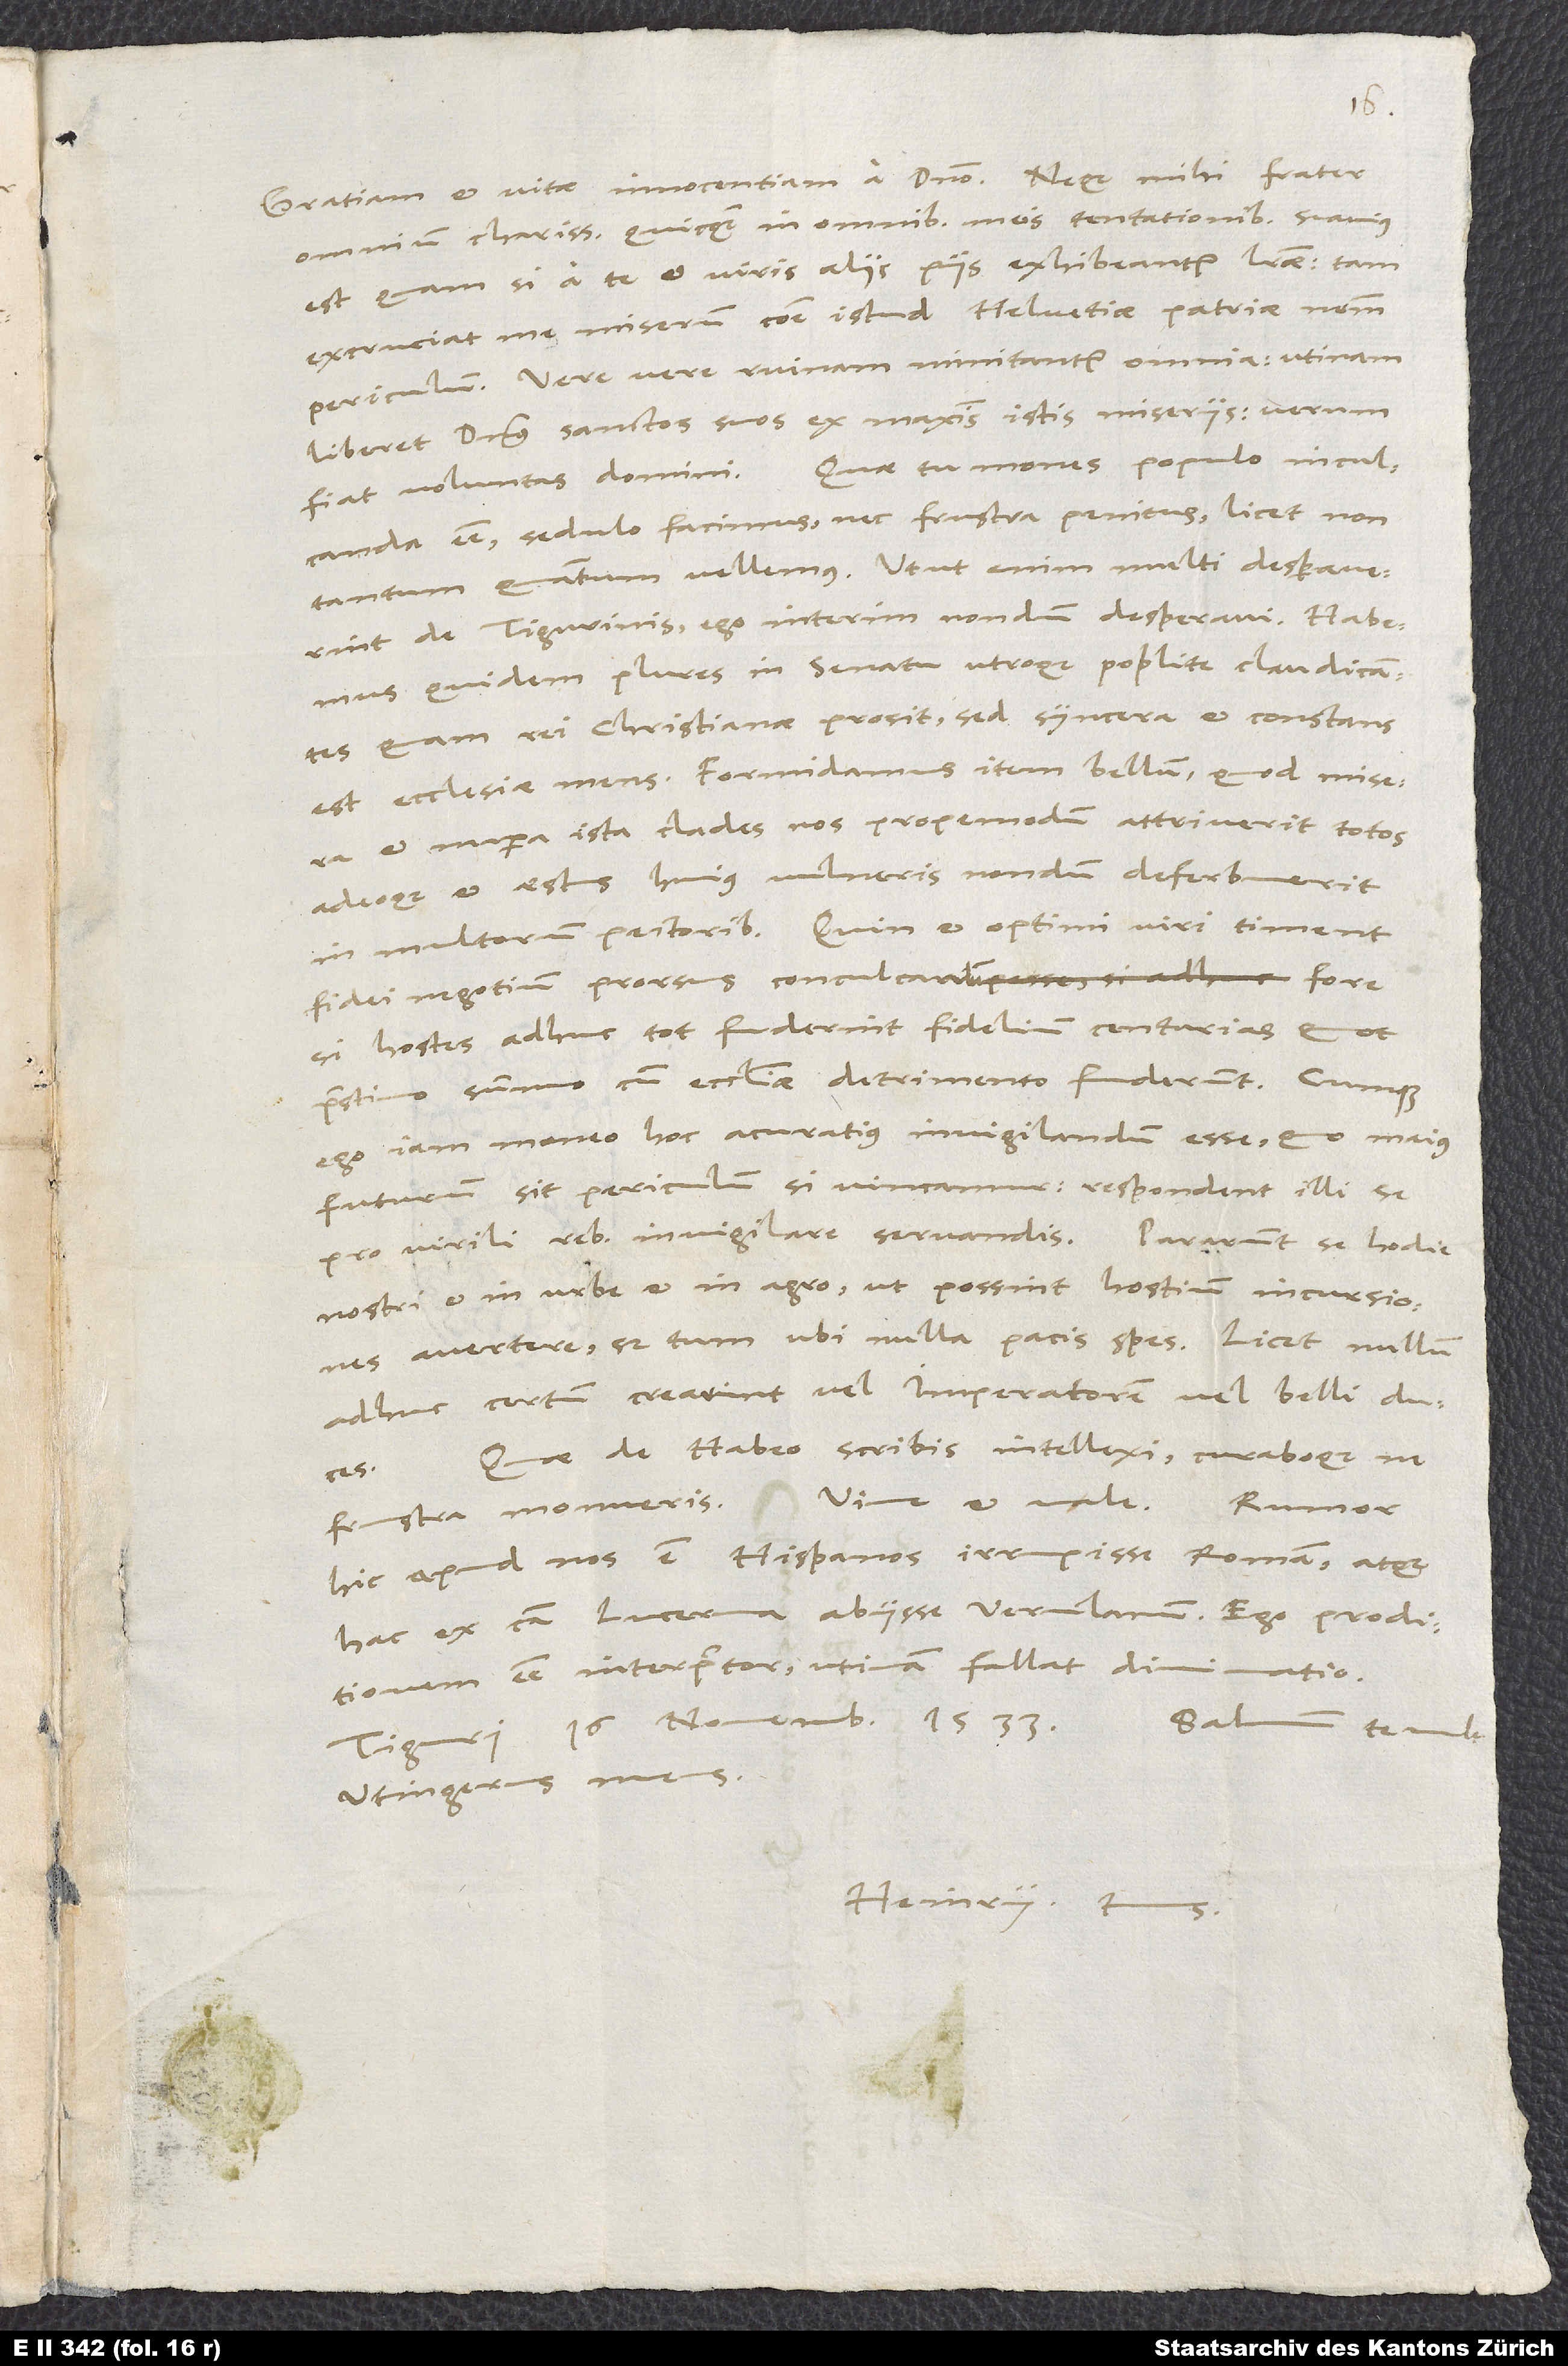
16.
omnium charissime, quicquam in omnibus meis tentationibus suavius
est, quam si a te et viris aliis piis exhibeantur literae. Tam
excruciat me miserum commune istud Helvetiae patriae novum
periculum. Vere, vere, ruinam minitantur omnia. Utinam
liberet dominus sanctos suos ex maximis istis miseriis, verum
inculcanda esse, sedulo facimus, nec frustra penitus, licet non
tantum, quantum vellemus. Utut enim multi desperaverint
de Tigurinis, ego interim nondum desperavi. Habemus
quidem plures in senatu utroque poplite claudicantes,
quam rei christianae prosit, sed syncera et constans
est ecclesiae mens. Formidamus item bellum, quod misera
et nupera ista clades nos propemodum attriverit totos
adeoque et aestus huius vulneris nondum deferbuerit
in multorum pectoribus. Quin et optimi viri timent
fidei negotium prorsus conculcandum fore,
si hostes adhuc tot fuderint fidelium centurias, quot
pristino summo cum ecclesiae detrimento fuderunt. Cumque
ego iam moneo hoc acuratius invigilandum esse, quo maius
futurum sit periculum, si vincamur, respondent illi, se
pro virili rebus invigilare servandis. Pararunt se hodie
nostri et in urbe et in agro, ut possint hostium incursiones
avertere, sed tum, ubi nulla pacis spes, licet nullum
adhuc certum crearint vel imperatorem vel belli duces.
Quae de Habeo scribis, intellexi curaboque, ne
frustra monueris.
hic apud nos est Hispanos irrupisse Romam atque
hac ex caussa Lucerna abiisse Verulanum. Ego proditionem
esse interpretor. Utinam fallat divinatio.
Utingerus meus.
Heinry.